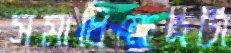
সমাধিক্ষেত্রটা